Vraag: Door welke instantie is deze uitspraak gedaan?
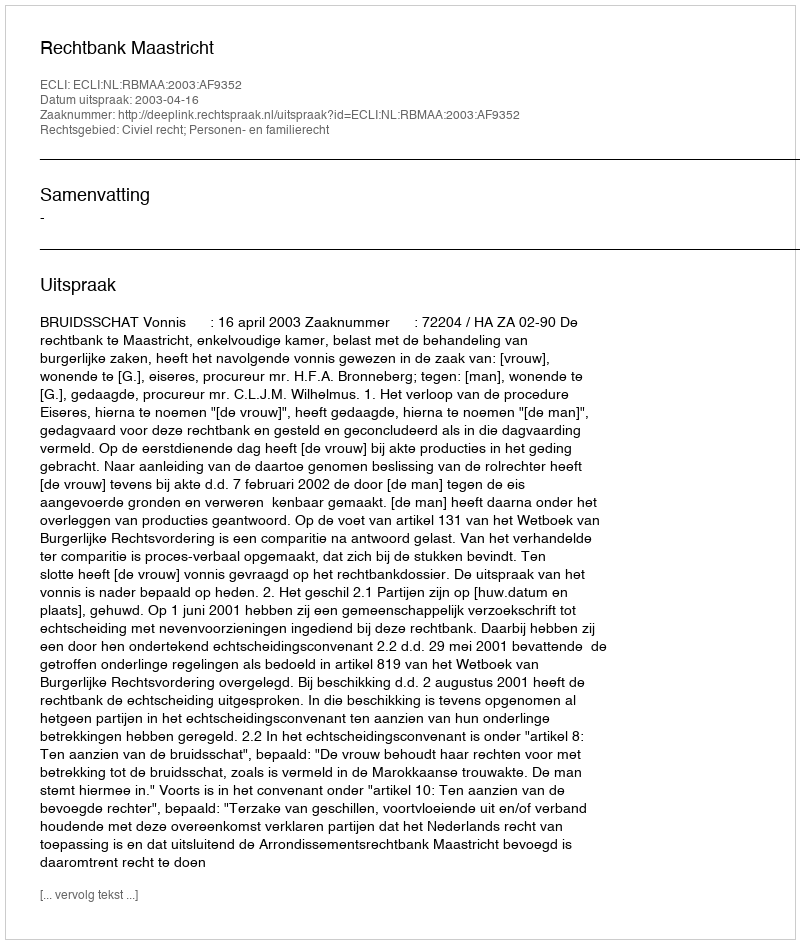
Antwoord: Rechtbank Maastricht